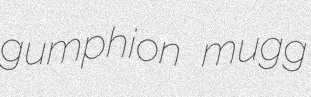
gumphion mugg